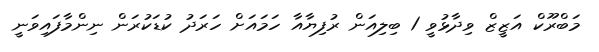
މަބްރޫކް އަޒީޒް ވިދާޅުވީ 1 ބިލިއަން ރުފިޔާއާ ހަމައަށް ހަރަދު ކުޑަކުރަން ނިންމާފައިވަނީ